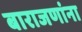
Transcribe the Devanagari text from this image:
बाराजणांना